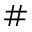
\#